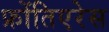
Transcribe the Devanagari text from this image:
फ्रोंतिएरेस